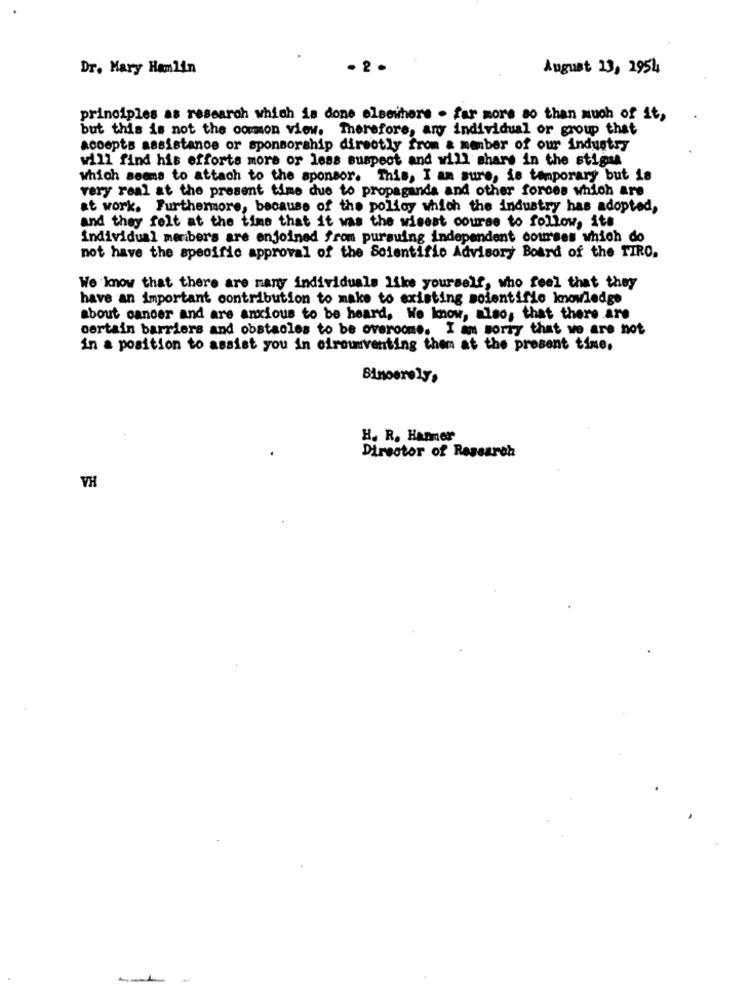
Dr. Mary Hamlin
August 13, 1954
principles as research which is done elsewhere - far more so than much of it,
but this is not the common view. Therefore, any individual or group that
acoopts assistance or sponsorship directly from a member of our industry
will find his efforts more or less suspect and will share in the stig
which seems to attach to the sponsor. This, I am sure, is temporary but is
very real at the present time due to propaganda and other forces which are
at work. Furthermore, because of the polloy which the industry has adopted,
and they felt at the time that it was the wisest course to follow, its
individual members are enjoined from pursuing independent courses which do
not have the specific approval of the Scientific Advisory Board of the TIRO.
We know that there are many individuals like yourself, who feel that they
have an important contribution to make to existing soientific knowledge
about cancer and are anxious to be heard, We know, also, that there are
certain barriers and obstacles to be overcome. I am sorry that we are not
in a position to assist you in eiroumventing them at the present time,
H. R. Hanmer
Director of Research
VH